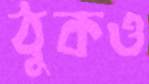
ঠুকও